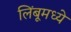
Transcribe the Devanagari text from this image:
लिंबूमध्ये